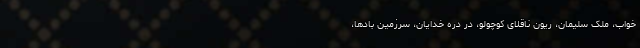
خواب، ملک سلیمان، ریون ناقلای کوچولو، در دره خدایان، سرزمین بادها،